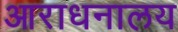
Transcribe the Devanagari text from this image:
आराधनालय